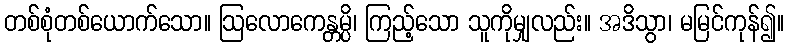
တစ်စုံတစ်ယောက်သော။ ဩလောကေန္တမ္ပိ၊ ကြည့်သော သူကိုမျှလည်း။ အဒိသွာ၊ မမြင်ကုန်၍။